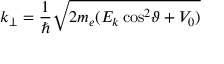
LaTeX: k _ { \perp } = { \frac { 1 } { \hbar } } { \sqrt { 2 m _ { e } ( E _ { k } \cos ^ { 2 } \! \vartheta + V _ { 0 } ) } }